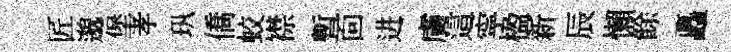
匠邈堡孝㺬僑蛟襟暫靣进膚這寜楹新辰懶餘矗